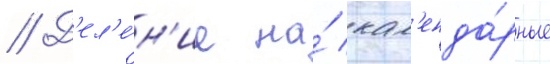
// Д'ел'е́н'ие на́ кал'енда́рные